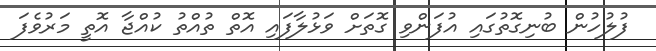
ފުލުހުން ބުނިގޮތުގައި އުފަންވި ގޮތަށް ވަޅުލާފައި އޮތް ތުއްތު ކުއްޖާ އޮތީ މަރުވެފަ